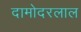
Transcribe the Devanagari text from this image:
दामोदरलाल